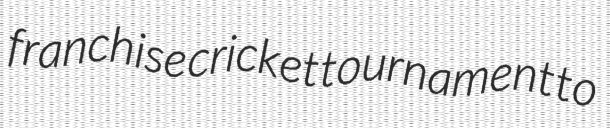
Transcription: franchise cricket tournament to